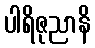
ပါရိဇုညာနိ